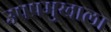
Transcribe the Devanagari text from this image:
उपप्रमुखाला